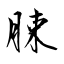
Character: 脨